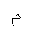
Letter: _mim